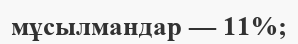
мұсылмандар — 11%;